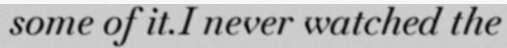
some of it.I never watched the